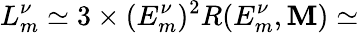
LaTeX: L_{m}^{\nu}\simeq3\times(E_{m}^{\nu})^{2}R(E_{m}^{\nu},\mathbf{M})\simeq